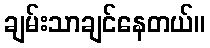
ချမ်းသာချင်နေတယ်။